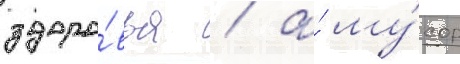
здоро́вья / а́ му́сор